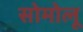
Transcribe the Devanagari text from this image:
सोमोलू